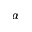
\alpha